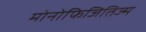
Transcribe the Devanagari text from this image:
मोनोफिजितिज्म